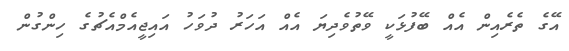
އޭގެ ތެރެއިން އެއް ބޭފުޅަކީ ވޭތުވެދިޔަ އެއް އަހަރު ދުވަހު އައިޖީއެމްއެޗުގެ ހިންގުން